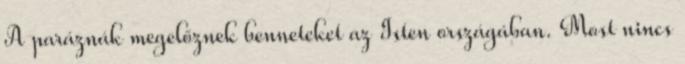
A paráznák megelőznek benneteket az Isten országában. Most nincs